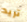
تريد